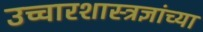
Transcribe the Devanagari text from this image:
उच्चारशास्त्रज्ञांच्या